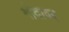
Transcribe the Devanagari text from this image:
गोदावर